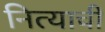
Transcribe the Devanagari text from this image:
नित्याची